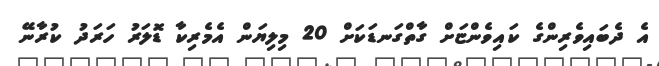
އެ ދެބައިވެރިންގެ ކައިވެންޏަށް ގާތްގަނޑަކަށް 20 މިލިޔަން އެމެރިކާ ޑޮލަރު ހަރަދު ކުރާނޭ